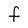
Character: f